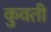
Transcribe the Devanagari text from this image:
कुवती